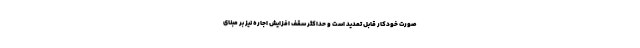
صورت خودکار قابل تمدید است و حداکثر سقف افزایش اجاره نیز بر مبنای